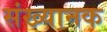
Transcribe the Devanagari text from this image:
संख्यानक